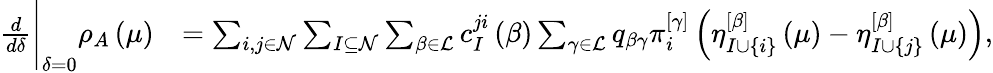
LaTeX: \begin{array}{rl}{\frac{d}{d\delta}\Bigg\vert_{\delta=0}\rho_{A}\left(\mu\right)}&{=\sum_{i,j\in\mathcal{N}}\sum_{I\subseteq\mathcal{N}}\sum_{\beta\in\mathcal{L}}c_{I}^{ji}\left(\beta\right)\sum_{\gamma\in\mathcal{L}}q_{\beta\gamma}\pi_{i}^{\left[\gamma\right]}\left(\eta_{I\cup\left\{ i\right\} }^{\left[\beta\right]}\left(\mu\right)-\eta_{I\cup\left\{ j\right\} }^{\left[\beta\right]}\left(\mu\right)\right),}\end{array}